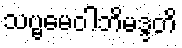
သဗ္ဗမေဝါဘိမဒ္ဒတိ